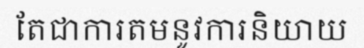
តែជាការតមនូវការនិយាយ